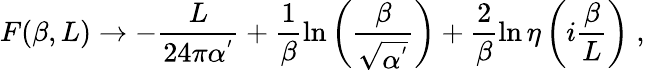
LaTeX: F(\beta,L)\rightarrow-\frac{L}{24\pi\alpha^{'}}+\frac{1}{\beta}\ln{\left(\frac{\beta}{\sqrt{\alpha^{'}}}\right)}+\frac{2}{\beta}\ln{\eta\left(i\frac{\beta}{L}\right)}\; ,